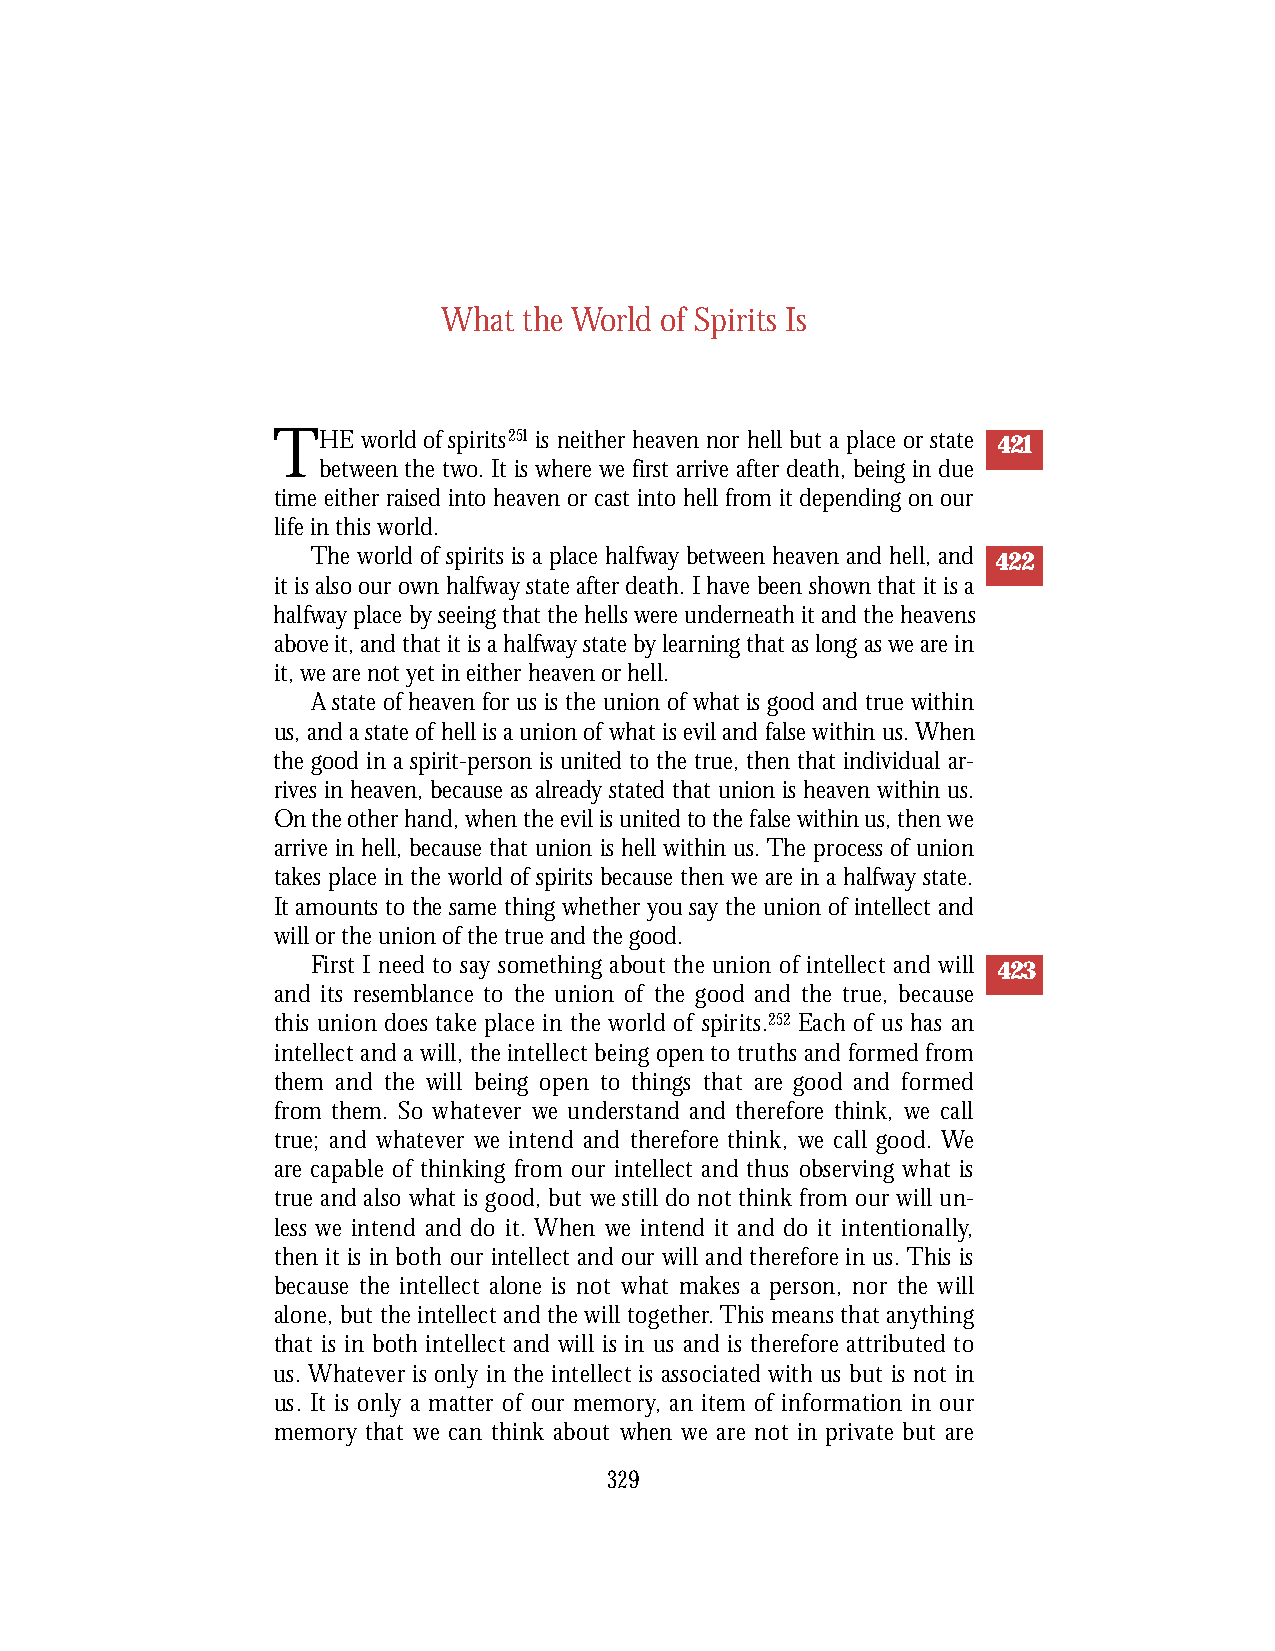
What  the World of Spirits Is
 THE   world of spirits251 is neither heaven nor hell but a place or state 421
 between the two. It is where we first arrive after death, being in due
 time either raised into heaven or cast into hell from it depending on our
 life in this world.
 The world of spirits is a place halfway between heaven and hell, and 422
 it is also our own halfway state after death. I have been shown that it is a
 halfway place by seeing that the hells were underneath it and the heavens
 above it, and that it is a halfway state by learning that as long as we are in
 it, we are not yet in either heaven or hell.
 A state of heaven for us is the union of what is good and true within
 us, and a state of hell is a union of what is evil and false within us. When
 the good in a spirit-person is united to the true, then that individual ar-
 rives in heaven, because as already stated that union is heaven within us.
 On the other hand, when the evil is united to the false within us, then we
 arrive in hell, because that union is hell within us. The process of union
 takes place in the world of spirits because then we are in a halfway state.
 It amounts to the same thing whether you say the union of intellect and
 will or the union of the true and the good.
 First I need to say something about the union of intellect and will 423
 and its resemblance to the union of the good and the true, because
 this union does take place in the world of spirits.2 5 2 Each of us has an
 intellect and a will, the intellect being open to truths and formed fro m
 them and the will being open to things that are good and formed
 f rom them. So whatever we understand and there f o re think, we call
 t rue; and whatever we intend and there f o re think, we call good. We
 a re capable of thinking from our intellect and thus observing what is
 t rue and also what is good, but we still do not think from our will un-
 less we intend and do it. When we intend it and do it intentionally,
 then it is in both our intellect and our will and there f o re in us. This is
 because the intellect alone is not what makes a person, nor the will
 alone, but the intellect and the will together. This means that anything
 that is in both intellect and will is in us and is there f o re attributed to
 us. W h a t e ver is only in the intellect is associated with us but is not in
 us. It is only a matter of our memory, an item of information in our
 m e m o ry that we can think about when we are not in private but are
 329